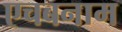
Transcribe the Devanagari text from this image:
एचबनाम